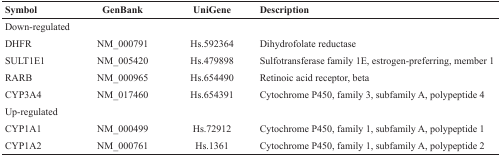
<table><thead><tr><td><b>Symbol</b></td><td><b>GenBank</b></td><td><b>UniGene</b></td><td><b>Description</b></td></tr></thead><tbody><tr><td>Down-regulated</td><td></td><td></td><td></td></tr><tr><td>DHFR</td><td>NM_000791</td><td>Hs.592364</td><td>Dihydrofolate reductase</td></tr><tr><td>SULT1E1</td><td>NM_005420</td><td>Hs.479898</td><td>Sulfotransferase family 1E, estrogen-preferring, member 1</td></tr><tr><td>RARB</td><td>NM_000965</td><td>Hs.654490</td><td>Retinoic acid receptor, beta</td></tr><tr><td>CYP3A4</td><td>NM_017460</td><td>Hs.654391</td><td>Cytochrome P450, family 3, subfamily A, polypeptide 4</td></tr><tr><td>Up-regulated</td><td></td><td></td><td></td></tr><tr><td>CYP1A1</td><td>NM_000499</td><td>Hs.72912</td><td>Cytochrome P450, family 1, subfamily A, polypeptide 1</td></tr><tr><td>CYP1A2</td><td>NM_000761</td><td>Hs.1361</td><td>Cytochrome P450, family 1, subfamily A, polypeptide 2</td></tr></tbody></table>